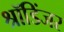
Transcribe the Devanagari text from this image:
श्रॉडिंजर